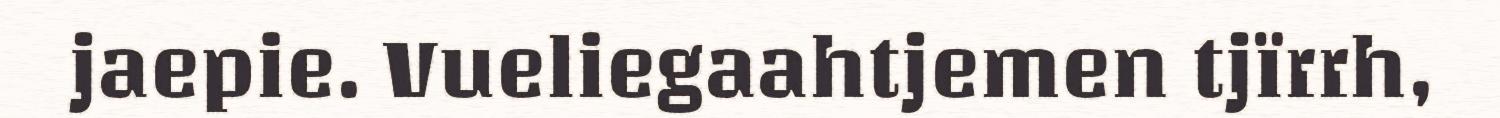
jaepie. Vueliegaahtjemen tjïrrh,